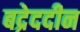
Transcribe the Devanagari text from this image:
बद्रेददीन